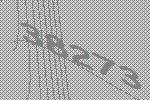
38273